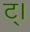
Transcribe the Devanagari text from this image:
ट्।